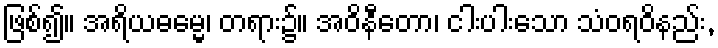
ဖြစ်၍။ အရိယဓမ္မေ၊ တရား၌။ အဝိနီတော၊ ငါးပါးသော သံဝရဝိနည်း,